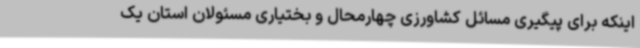
اینکه برای پیگیری مسائل کشاورزی چهارمحال و بختیاری مسئولان استان یک